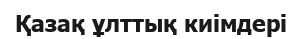
Қазақ ұлттық киімдері